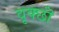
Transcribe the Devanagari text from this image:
वृक्छॊं